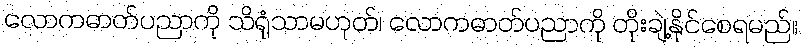
လောကဓာတ်ပညာကို သိရုံသာမဟုတ်၊ လောကဓာတ်ပညာကို တိုးချဲ့နိုင်စေရမည်။